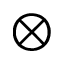
\otimes